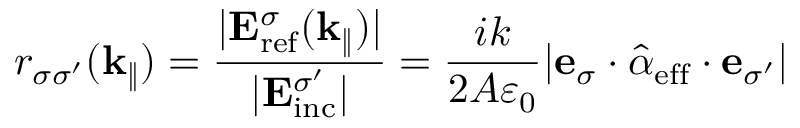
r _ { \sigma \sigma ^ { \prime } } ( \mathbf { k } _ { \| } ) = \frac { | \mathbf { E } _ { \mathrm { r e f } } ^ { \sigma } ( \mathbf { k } _ { \| } ) | } { | \mathbf { E } _ { \mathrm { i n c } } ^ { \sigma ^ { \prime } } | } = \frac { i k } { 2 A \varepsilon _ { 0 } } | \mathbf { e } _ { \sigma } \cdot \hat { \boldsymbol { \alpha } } _ { \mathrm { e f f } } \cdot \mathbf { e } _ { \sigma ^ { \prime } } |